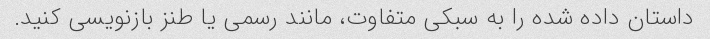
داستان داده شده را به سبکی متفاوت، مانند رسمی یا طنز بازنویسی کنید.